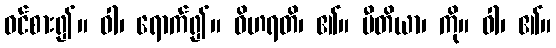
ဝင်စား၍။ ဝါ၊ ရောက်၍။ ဝိဟရတိ၊ ၏။ ပီတိယာ၊ ကို။ ဝါ၊ ၏။